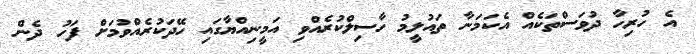
އެ ހުރިހާ ދުވަސްތަކެއް އެކަމަނާ ތައުލީމު ހާސިލްކުރެއްވި އަމީނިއްޔާގައި ހޭދަކުރެއްވުމަށް ފަހު ދެން